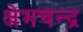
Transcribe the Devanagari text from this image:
क्षेमचन्‍द्र